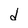
Character: d